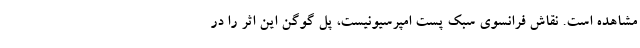
مشاهده است. نقاش فرانسوی سبک پست امپرسیونیست، پل گوگن این اثر را در